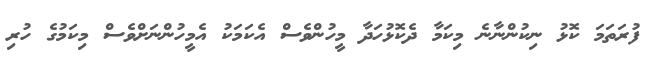
ފުރަތަމަ ކޮޅު ނިކުންނާނެ މިކަމާ ދެކޮޅުހަދާ މީހުންވެސް އެކަމަކު އެމީހުންނަށްވެސް މިކަމުގެ ހުރި